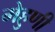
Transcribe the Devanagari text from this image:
मेहुणी